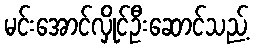
မင်းအောင်လှိုင်ဦးဆောင်သည့်